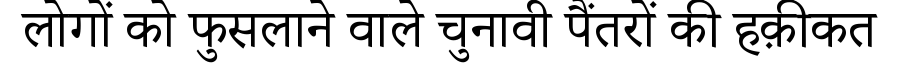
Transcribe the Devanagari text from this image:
लोगों को फुसलाने वाले चुनावी पैंतरों की हक़ीकत